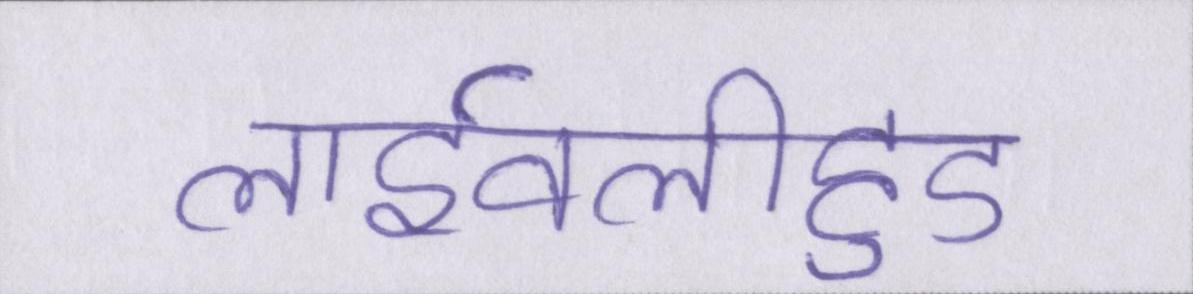
लाईवलीहुड